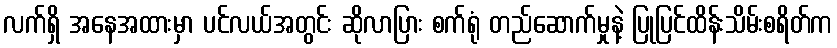
လက်ရှိ အနေအထားမှာ ပင်လယ်အတွင်း ဆိုလာပြား စက်ရုံ တည်ဆောက်မှုနဲ့ ပြုပြင်ထိန်းသိမ်းစရိတ်က